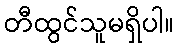
တီထွင်သူမရှိပါ။